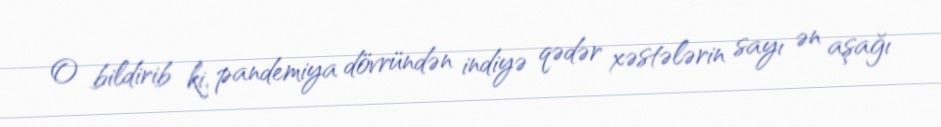
O bildirib ki, pandemiya dövründən indiyə qədər xəstələrin sayı ən aşağı